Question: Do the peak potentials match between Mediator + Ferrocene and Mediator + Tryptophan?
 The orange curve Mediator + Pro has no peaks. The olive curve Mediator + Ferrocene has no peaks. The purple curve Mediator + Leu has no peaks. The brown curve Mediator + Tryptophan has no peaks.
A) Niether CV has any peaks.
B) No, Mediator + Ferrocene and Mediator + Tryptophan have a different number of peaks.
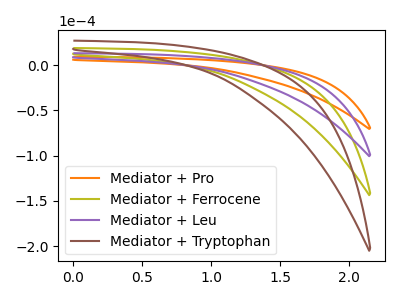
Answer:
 <answer>A) Niether CV has any peaks.</answer>
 <eval>A</eval>